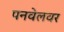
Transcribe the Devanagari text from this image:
पनवेलवर